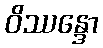
ဝိဿန္ဒော